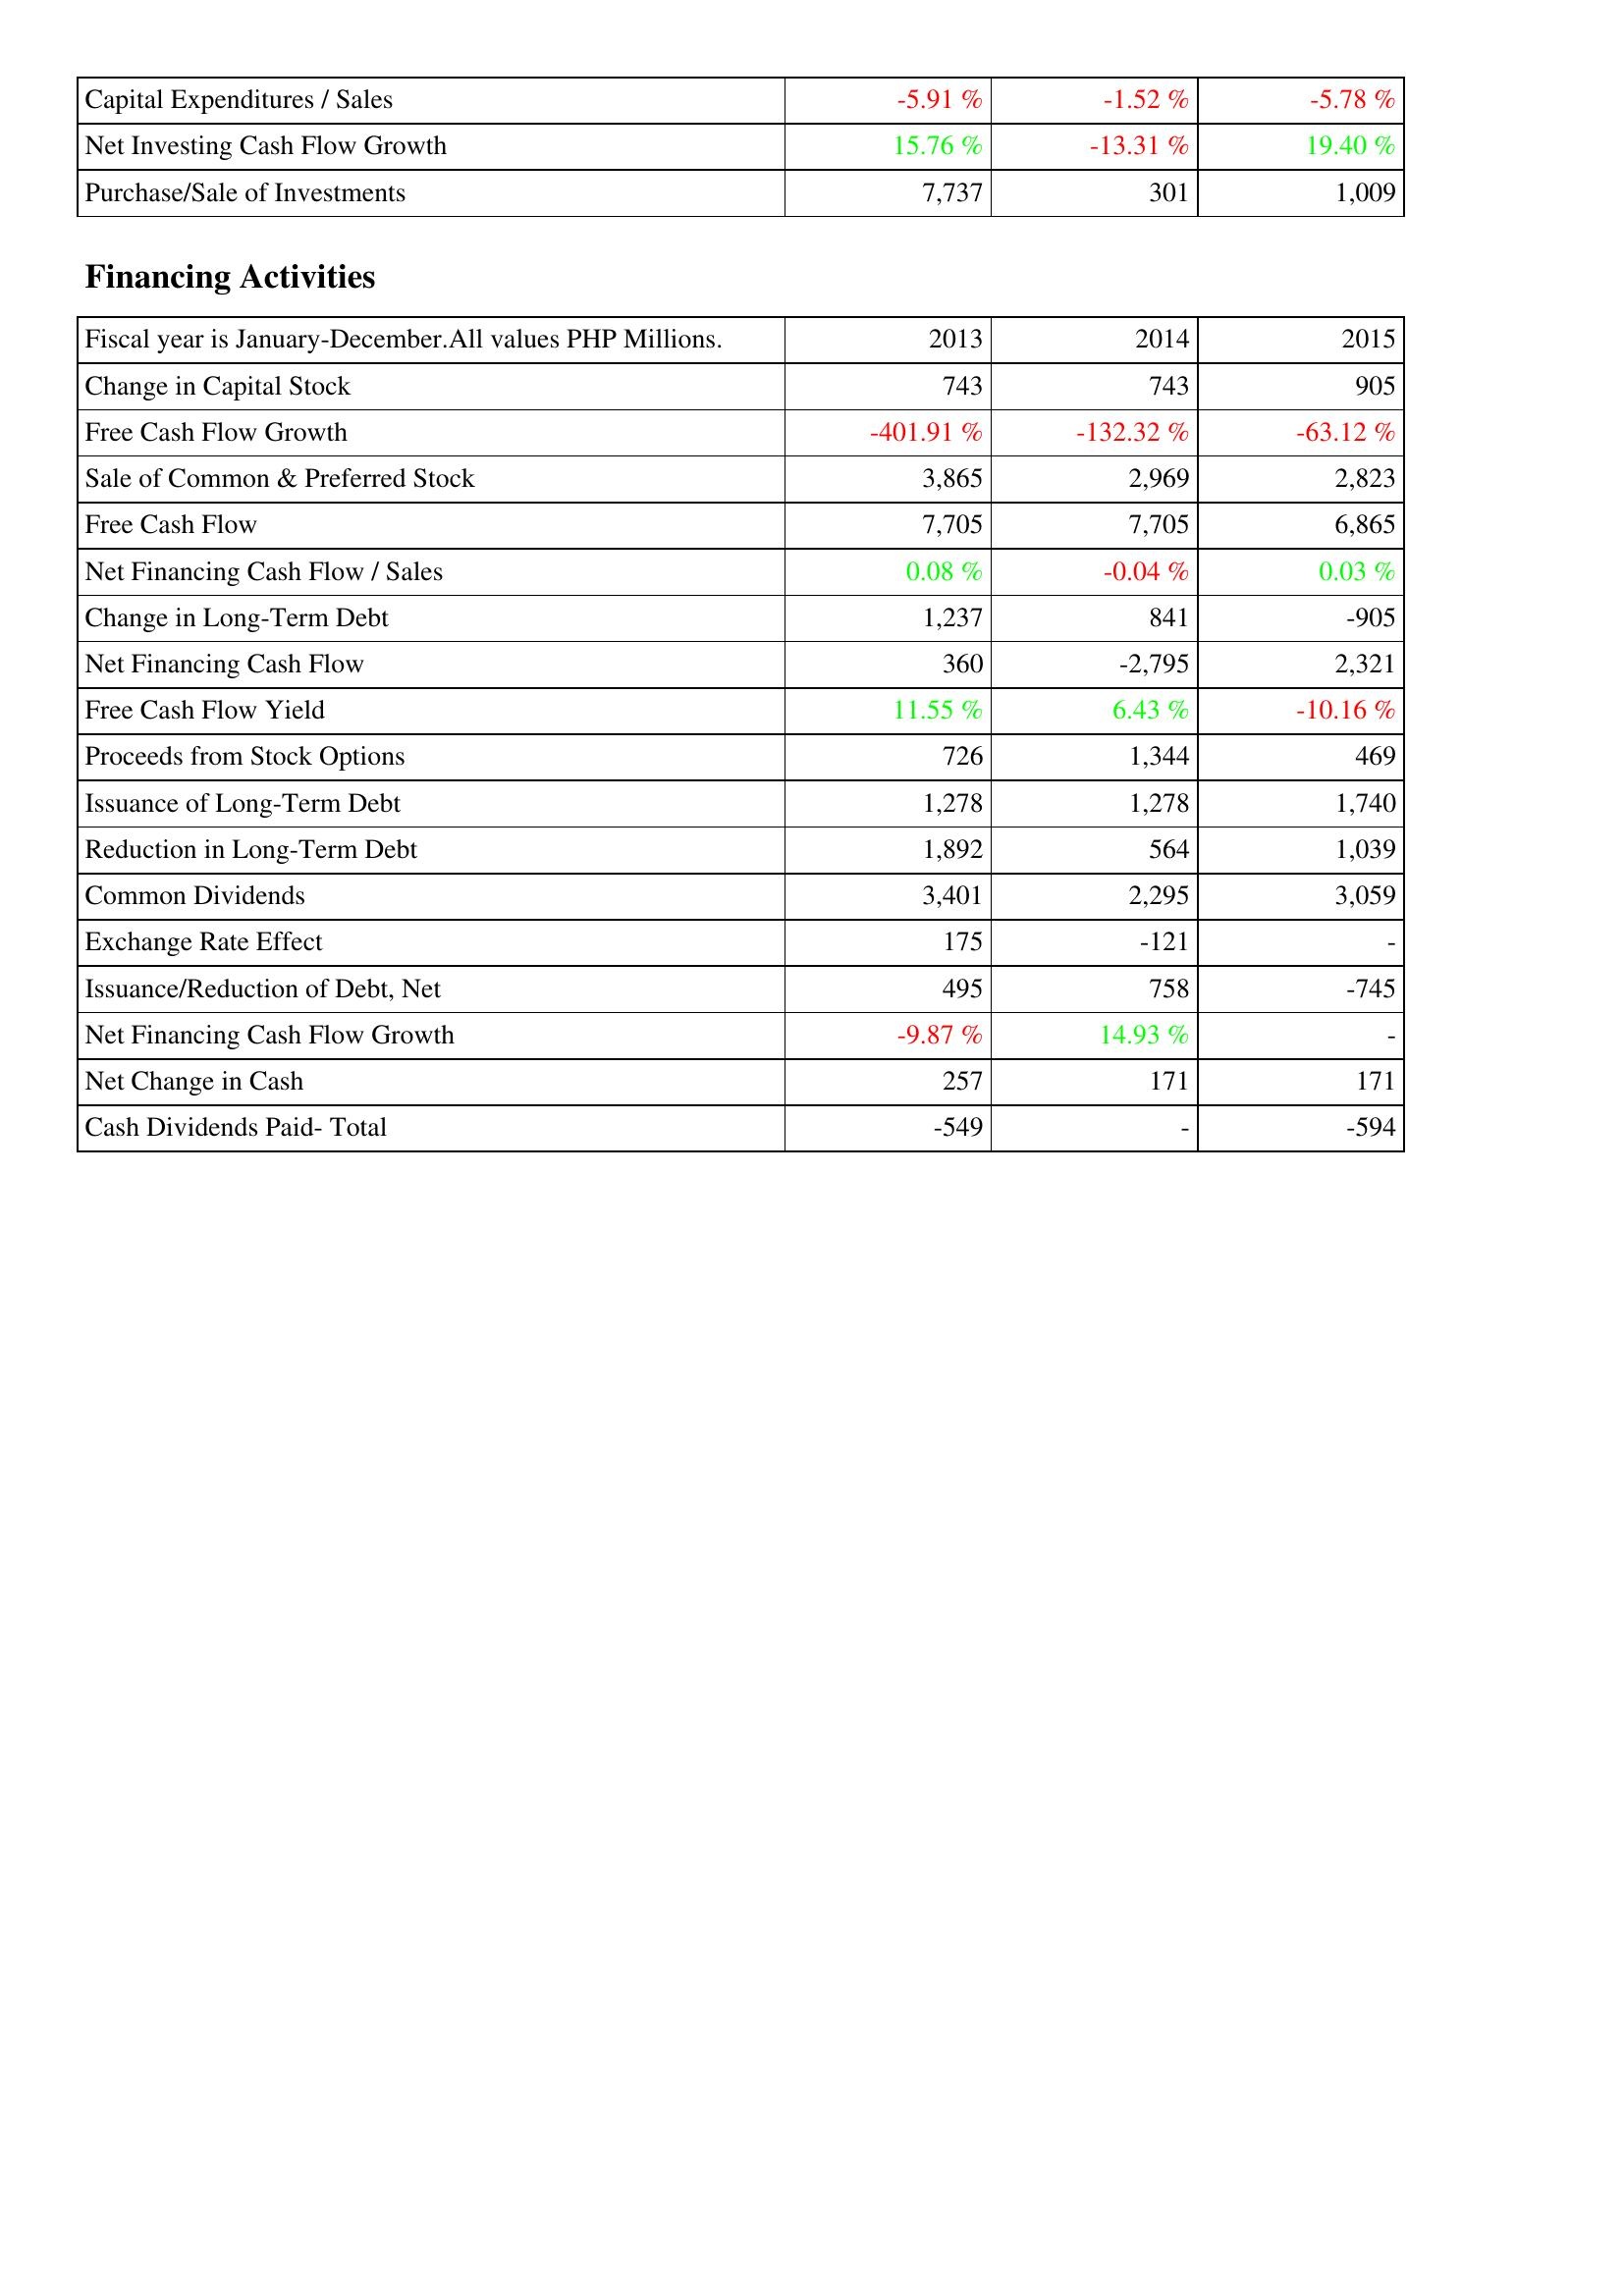
2013: Investing Activities: Capital Expenditures / Sales: -5.91 %
Net Investing Cash Flow Growth: 15.76 %
Purchase/Sale of Investments: 7,737
Financing Activities: Change in Capital Stock: 743
Free Cash Flow Growth: -401.91 %
Sale of Common & Preferred Stock: 3,865
Free Cash Flow: 7,705
Net Financing Cash Flow / Sales: 0.08 %
Change in Long-Term Debt: 1,237
Net Financing Cash Flow: 360
Free Cash Flow Yield: 11.55 %
Proceeds from Stock Options: 726
Issuance of Long-Term Debt: 1,278
Reduction in Long-Term Debt: 1,892
Common Dividends: 3,401
Exchange Rate Effect: 175
Issuance/Reduction of Debt, Net: 495
Net Financing Cash Flow Growth: -9.87 %
Net Change in Cash: 257
Cash Dividends Paid- Total: -549
2014: Investing Activities: Capital Expenditures / Sales: -1.52 %
Net Investing Cash Flow Growth: -13.31 %
Purchase/Sale of Investments: 301
Financing Activities: Change in Capital Stock: 743
Free Cash Flow Growth: -132.32 %
Sale of Common & Preferred Stock: 2,969
Free Cash Flow: 7,705
Net Financing Cash Flow / Sales: -0.04 %
Change in Long-Term Debt: 841
Net Financing Cash Flow: -2,795
Free Cash Flow Yield: 6.43 %
Proceeds from Stock Options: 1,344
Issuance of Long-Term Debt: 1,278
Reduction in Long-Term Debt: 564
Common Dividends: 2,295
Exchange Rate Effect: -121
Issuance/Reduction of Debt, Net: 758
Net Financing Cash Flow Growth: 14.93 %
Net Change in Cash: 171
Cash Dividends Paid- Total: -
2015: Investing Activities: Capital Expenditures / Sales: -5.78 %
Net Investing Cash Flow Growth: 19.40 %
Purchase/Sale of Investments: 1,009
Financing Activities: Change in Capital Stock: 905
Free Cash Flow Growth: -63.12 %
Sale of Common & Preferred Stock: 2,823
Free Cash Flow: 6,865
Net Financing Cash Flow / Sales: 0.03 %
Change in Long-Term Debt: -905
Net Financing Cash Flow: 2,321
Free Cash Flow Yield: -10.16 %
Proceeds from Stock Options: 469
Issuance of Long-Term Debt: 1,740
Reduction in Long-Term Debt: 1,039
Common Dividends: 3,059
Exchange Rate Effect: -
Issuance/Reduction of Debt, Net: -745
Net Financing Cash Flow Growth: -
Net Change in Cash: 171
Cash Dividends Paid- Total: -594